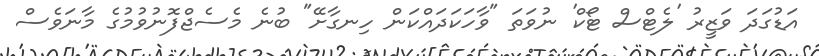
އަޑުގަދަ ވަޒީރު 'ލެޓްސް ޓޯކް' ނުވަތަ "ވާހަކަދައްކަން ހިނގާށޭ" ބުނެ މެސެޖްފޮނުވުމުގެ މާނަވެސް